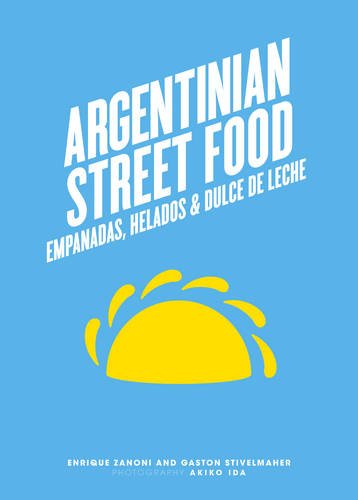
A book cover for Argentinian Street Food: Empanadas, Helados & Dulce de Leche; Gaston Stivelmaher; Cookbooks, Food & Wine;